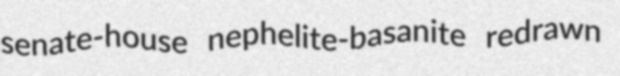
senate-house nephelite-basanite redrawn